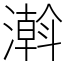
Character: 濣